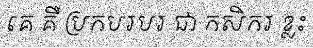
គេ គឺ ប្រកបរបរ ជា កសិករ ខ្លះ